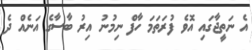
އެ ނަތީޖާގައި އޮވެ ފުރަތަމަ ހާފް ނިމުނު އިރު ބާސާގެ އަނެއް ދެ